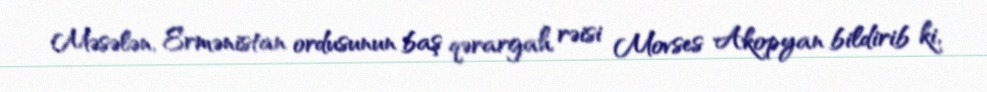
Məsələn, Ermənistan ordusunun baş qərargah rəisi Movses Akopyan bildirib ki,